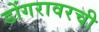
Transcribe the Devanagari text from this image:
डोंगरावरची